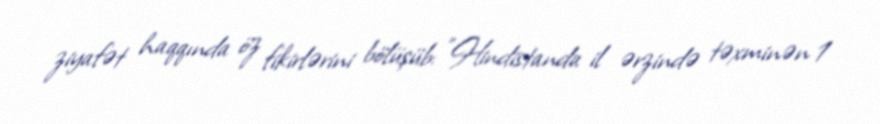
ziyafət haqqında öz fikirlərini bölüşüb: "Hindistanda il ərzində təxminən 1